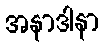
အနာဒါနာ